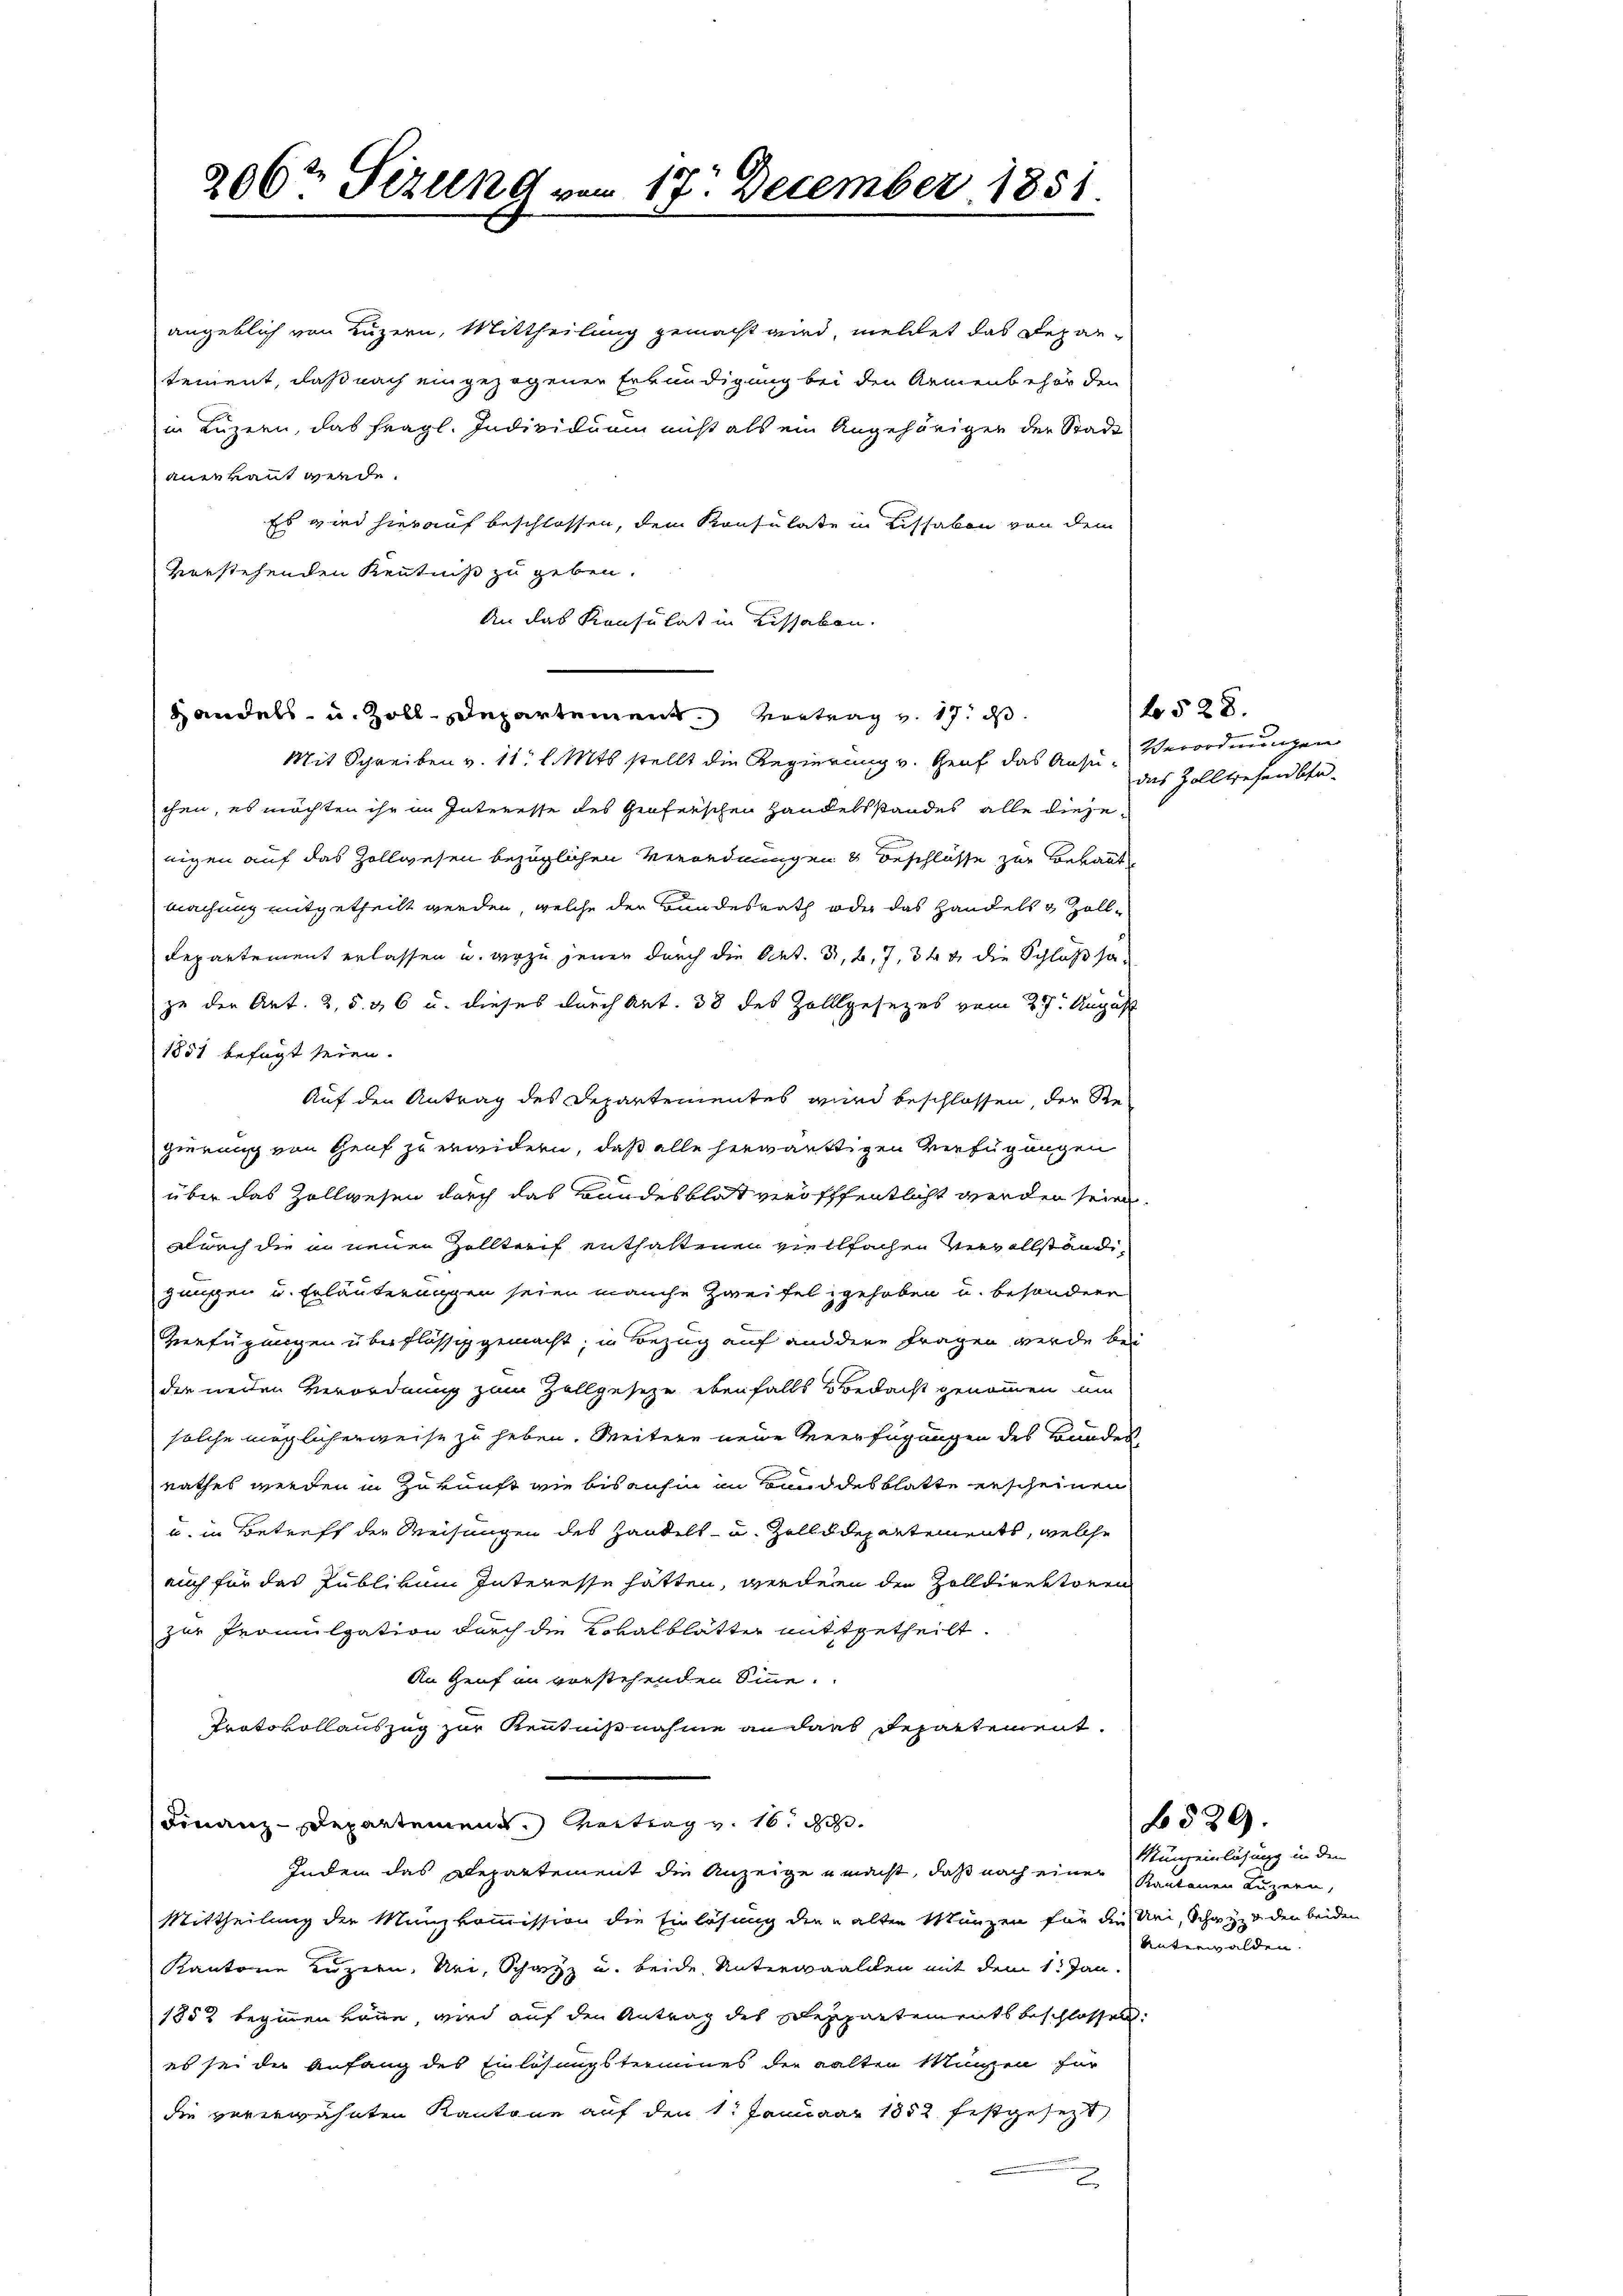
206t Sizung vom 17. December 1851

angeblich von Luzern, Mittheilung gemacht wird, meldet das Repartement, daß nach eingezogenen Erkundigung bei den Armenbehör den
in Luzern, das fragl. Individuum nicht als ein Angehörigen der Stade
anerkannt werde.
Es wird hierauf beschlossen, dem Konsulate in Lissakon von dem
vorstehenden Kenntniß zu geben.
An das Konsulat in Lissaken.
Handels u. Zoll Departement Vertrag u. 17. ds.
Mit Schreiben v. 11. l. Mts. stellt die Regierung v. Genf das Ansuchen, es möchten ihr im Interesse des Genferschen Handelsstandes alle diese
nigen auf das Zollwesen bezüglichen Verordnungen & Beschlüsse zur Bekannt
machung mitgetheilt werden, welche der Bundesrath oder das Handels & Zoll¬
Departement erlassen u. wozu jenen durch die Art. 3, 6, 7, 34 u. die Schloß hazu der Art. 2, 5. & 6 u. dieses durch Art. 38 des Zollgesezes vom 29. August
1851 befugt seien.
Auf den Antrag des Departementes wird beschlossen, der Re-
gierung von Genf zu erwidern, daß alle herwärtigen Verfügungen
über das Zollwesen durch das Bundesblat veröfffentlicht werden seien.
durch die in neuen Zolltarif enthaltenen vielfachen Vervollständigungen u. Erläuterungen seien manche Zweifel gehoben u. besonderr
Verfügungen überflüssig gemacht, in Bezug auf andere Fragen werde bei
der neuen Verordnung zum Zollgeseze ebenfalls Bedacht genommen, um
solche möglicherweise zu heben. Weitere neue Verfügungen des Bundes
rathes werden in Zukunft wie bis anhin in Band des blatte erscheinen
u. in Betreff der Weisungen des Handels- u. Zolldepartements, welche
auch für das Publikum Interesse hatten, werderen der Zolldirektoren
zur Promulgation durch die Lokalblätter mitgetheilt.
An Genf in vorstehenden Sinne.
Protokollauszug zur Kenntnißnahme an dar Departement.
Finanz-Departement. Vertrag v. 16. Sch
Indem das Departement die Anzeige u macht, daß nach einer Kantonen Luzern,
Mittheilung der Münzkommission die Einlösung der alten Münzen für die Uri, Schwyz den beiden
Kantone Luzern, Uri, Schwyz u. beide Unterwalden mit dem 1. Jan.
1852 beginnen könne, wird auf den Antrag des Seppartements beschlossen:
es sei der Anfang des Einlösungstermines der galten Musen für
die vererwähnten Kantone auf den 1. Januar 1852 festgesetzt
.

528.
Verordnungen
das Zolltresen betr.

6829.
Nunzeinlösung in den
Unterwalden.